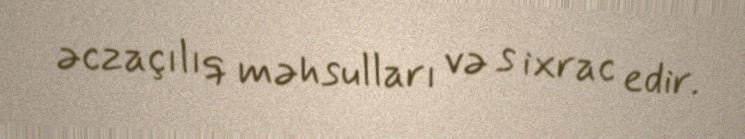
əczaçılıq məhsulları və s ixrac edir.